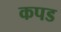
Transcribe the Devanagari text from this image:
कपड